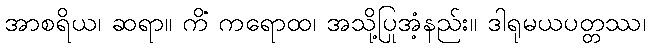
အာစရိယ၊ ဆရာ။ ကိံ ကရောထ၊ အသို့ပြုအံ့နည်း။ ဒါရုမယပတ္တဿ၊